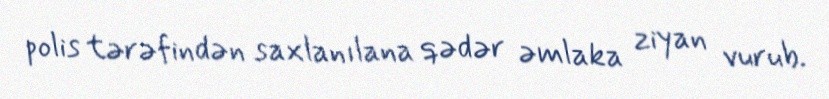
polis tərəfindən saxlanılana qədər əmlaka ziyan vurub.